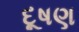
દૂષણ